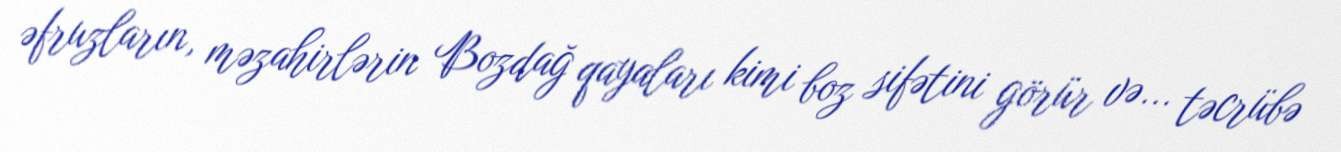
əfruzların, məzahirlərin Bozdağ qayaları kimi boz sifətini görür və... təcrübə